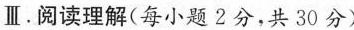
Ⅲ.阅读理解(每小题 2分,共 30分)